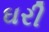
ઘરી